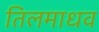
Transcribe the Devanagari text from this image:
तिलमाधव